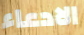
الادعاء